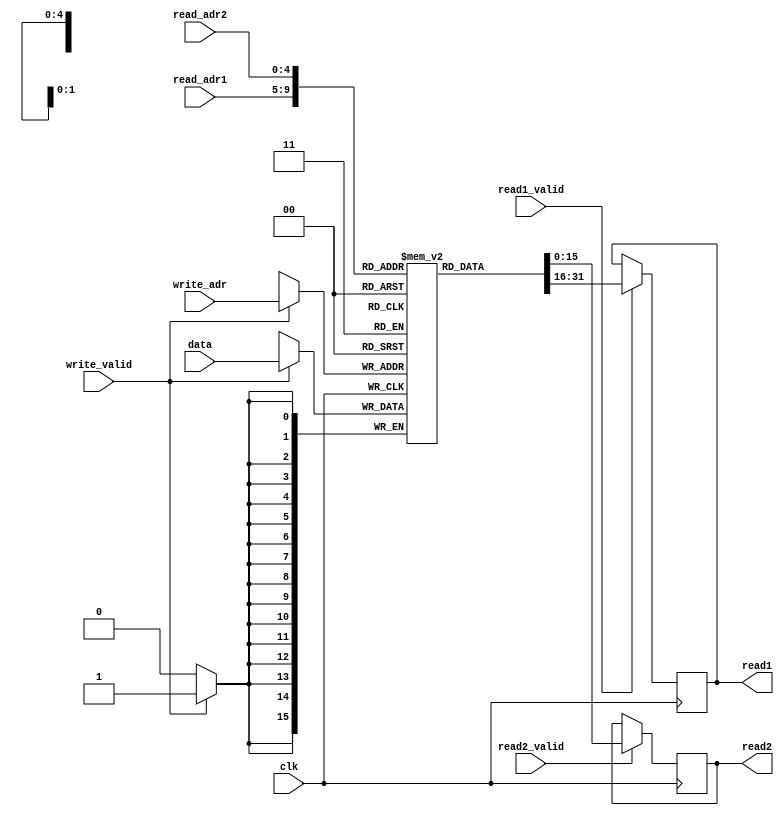
`define TICK #2 
module registerfile(clk,read_adr1 ,read_adr2, write_adr ,data , read1_valid, read2_valid , write_valid ,read1 , read2 );

    input clk;
    input [4:0]read_adr1;
    input [4:0]read_adr2;
    input [4:0]write_adr;
    input signed [15:0]data;
    input  read1_valid;
    input read2_valid;
    input write_valid;

    reg signed [15:0] regfile [31:0];
    output signed [15:0] read1;
    output signed [15:0] read2;
    reg signed [15:0] read1;
    reg signed [15:0] read2;


    reg [5:0] i;

    initial begin
          for (i = 0; i < 32; i = i + 1) begin
            regfile [i] = 0; 
          end 
    end


    always @(posedge clk) begin
 
        if(read1_valid == 1'b1) begin
            read1 <=   regfile[read_adr1] ; 
        end

        if(read2_valid == 1'b1) begin
            read2 <=    regfile[read_adr2]  ;
        end
        
        if(write_valid == 1'b1) begin
            regfile[write_adr] <= `TICK data;
        end
    
    end

endmodule